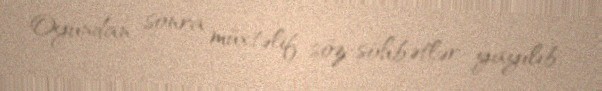
Oyundan sonra müxtəlif söz-söhbətlər yayılıb.